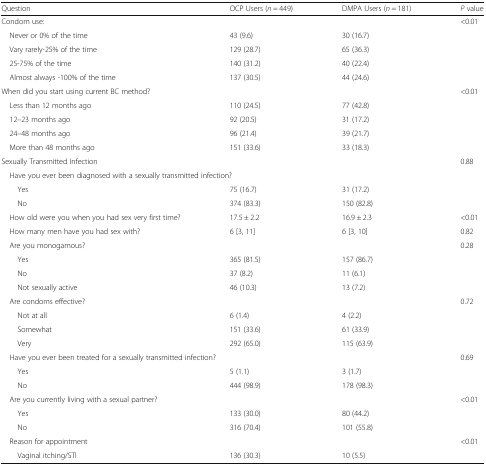
<table><thead><tr><td><b>Question</b></td><td><b>OCP Users (<i>n</i> = 449)</b></td><td><b>DMPA Users (<i>n</i> = 181)</b></td><td><b><i>P</i> value</b></td></tr></thead><tbody><tr><td colspan="3">Condom use:</td><td rowspan="5">&lt;0.01</td></tr><tr><td> Never or 0% of the time</td><td>43 (9.6)</td><td>30 (16.7)</td></tr><tr><td> Vary rarely-25% of the time</td><td>129 (28.7)</td><td>65 (36.3)</td></tr><tr><td> 25-75% of the time</td><td>140 (31.2)</td><td>40 (22.4)</td></tr><tr><td> Almost always -100% of the time</td><td>137 (30.5)</td><td>44 (24.6)</td></tr><tr><td colspan="3">When did you start using current BC method?</td><td rowspan="5">&lt;0.01</td></tr><tr><td> Less than 12 months ago</td><td>110 (24.5)</td><td>77 (42.8)</td></tr><tr><td> 12–23 months ago</td><td>92 (20.5)</td><td>31 (17.2)</td></tr><tr><td> 24–48 months ago</td><td>96 (21.4)</td><td>39 (21.7)</td></tr><tr><td> More than 48 months ago</td><td>151 (33.6)</td><td>33 (18.3)</td></tr><tr><td colspan="3">Sexually Transmitted Infection</td><td rowspan="4">0.88</td></tr><tr><td colspan="3"> Have you ever been diagnosed with a sexually transmitted infection?</td></tr><tr><td>Yes</td><td>75 (16.7)</td><td>31 (17.2)</td></tr><tr><td>No</td><td>374 (83.3)</td><td>150 (82.8)</td></tr><tr><td> How old were you when you had sex very first time?</td><td>17.5 ± 2.2</td><td>16.9 ± 2.3</td><td>&lt;0.01</td></tr><tr><td> How many men have you had sex with?</td><td>6 [3, 11]</td><td>6 [3, 10]</td><td>0.82</td></tr><tr><td colspan="3"> Are you monogamous?</td><td rowspan="4">0.28</td></tr><tr><td>Yes</td><td>365 (81.5)</td><td>157 (86.7)</td></tr><tr><td>No</td><td>37 (8.2)</td><td>11 (6.1)</td></tr><tr><td>Not sexually active</td><td>46 (10.3)</td><td>13 (7.2)</td></tr><tr><td colspan="3"> Are condoms effective?</td><td rowspan="4">0.72</td></tr><tr><td>Not at all</td><td>6 (1.4)</td><td>4 (2.2)</td></tr><tr><td>Somewhat</td><td>151 (33.6)</td><td>61 (33.9)</td></tr><tr><td>Very</td><td>292 (65.0)</td><td>115 (63.9)</td></tr><tr><td colspan="3"> Have you ever been treated for a sexually transmitted infection?</td><td rowspan="3">0.69</td></tr><tr><td>Yes</td><td>5 (1.1)</td><td>3 (1.7)</td></tr><tr><td>No</td><td>444 (98.9)</td><td>178 (98.3)</td></tr><tr><td colspan="3"> Are you currently living with a sexual partner?</td><td rowspan="3">&lt;0.01</td></tr><tr><td>Yes</td><td>133 (30.0)</td><td>80 (44.2)</td></tr><tr><td>No</td><td>316 (70.4)</td><td>101 (55.8)</td></tr><tr><td> Reason for appointment</td><td></td><td></td><td rowspan="2">&lt;0.01</td></tr><tr><td>Vaginal itching/STI</td><td>136 (30.3)</td><td>10 (5.5)</td></tr></tbody></table>